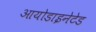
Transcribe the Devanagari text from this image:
आयोडाइनेटेड